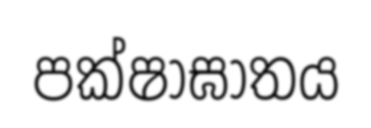
පක්ෂාඝාතය